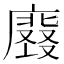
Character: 𭚀